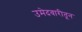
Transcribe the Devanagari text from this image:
उमेदवारीतून